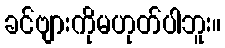
ခင်ဗျားကိုမဟုတ်ပါဘူး။